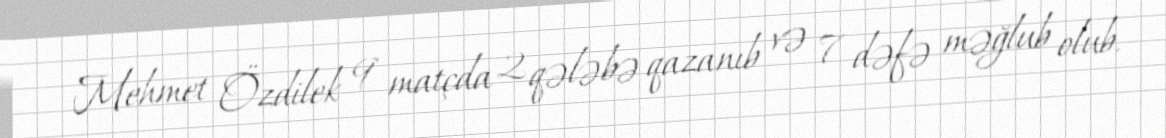
Mehmet Özdilek 9 matçda 2 qələbə qazanıb və 7 dəfə məğlub olub.